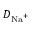
D _ { \mathrm { N a } ^ { + } }